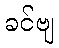
ခင်ဗျ